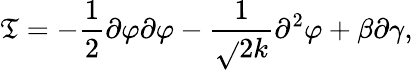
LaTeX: \mathfrak{T}=-\frac{{1}}{{2}}\partial\varphi\partial\varphi-\frac{{1}}{{\sqrt{}{{2k}}}}\partial^{2}\varphi+\beta\partial\gamma,